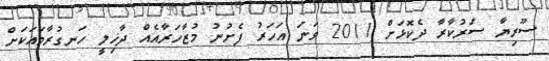
ސޫރިޔާ ސަރުކާރާ ދެކޮޅަށް 2011 ވަނަ އަހަރު ފެށުނު މުޒާހަރާއެއް ދާޚިލީ ހަނގުރާމައަކަށް